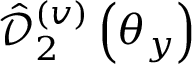
\hat { \mathcal D } _ { 2 } ^ { ( v ) } \left( \theta _ { y } \right)